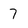
Character: 7